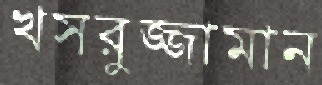
খসরুজ্জামান